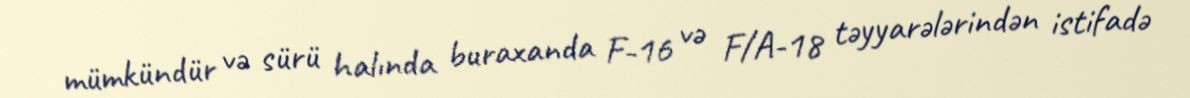
mümkündür və sürü halında buraxanda F-16 və F/A-18 təyyarələrindən istifadə